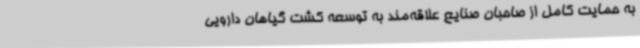
به حمایت کامل از صاحبان صنایع علاقه‌مند به توسعه کشت گیاهان دارویی